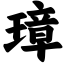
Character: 璋